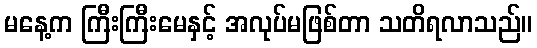
မနေ့က ကြီးကြီးမေနှင့် အလုပ်မဖြစ်တာ သတိရလာသည်။